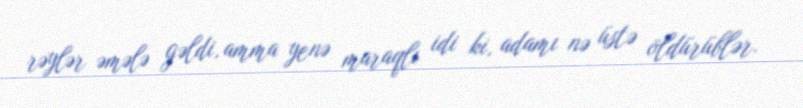
rəylər əmələ gəldi, amma yenə maraqlı idi ki, adamı nə üstə öldürüblər.